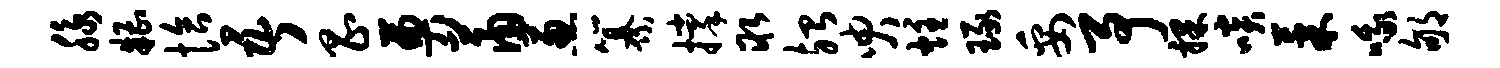
脉糟恰吾昌奠萧葱纂撑取殆臾炷琢妥予裸啖果哦郇